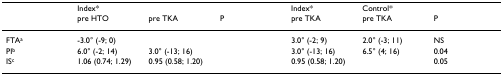
<table><thead><tr><td>[EMPTY_CELL]</td><td colspan="2"><b>Index*</b></td><td>[EMPTY_CELL]</td><td><b>Index*</b></td><td><b>Control*</b></td><td>[EMPTY_CELL]</td></tr><tr><td>[EMPTY_CELL]</td><td><b>pre HTO</b></td><td><b>pre TKA</b></td><td><b>P</b></td><td><b>pre TKA</b></td><td><b>pre TKA</b></td><td><b>P</b></td></tr></thead><tbody><tr><td>FTA<sup>a</sup></td><td>-3.0° (-9; 0)</td><td>[EMPTY_CELL]</td><td>[EMPTY_CELL]</td><td>3.0° (-2; 9)</td><td>2.0° (-3; 11)</td><td>NS</td></tr><tr><td>PI<sup>b</sup></td><td>6.0° (-2; 14)</td><td>3.0° (-13; 16)</td><td>[EMPTY_CELL]</td><td>3.0° (-13; 16)</td><td>6.5° (4; 16)</td><td>0.04</td></tr><tr><td>IS<sup>c</sup></td><td>1.06 (0.74; 1.29)</td><td>0.95 (0.58; 1.20)</td><td>[EMPTY_CELL]</td><td>0.95 (0.58; 1.20)</td><td>[EMPTY_CELL]</td><td>0.05</td></tr></tbody></table>